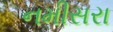
નમીસરા